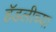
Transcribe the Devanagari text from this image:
हॅडलीच्या